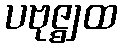
ပဗုဇ္ဈထ